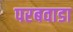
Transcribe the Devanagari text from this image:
परबवाडा